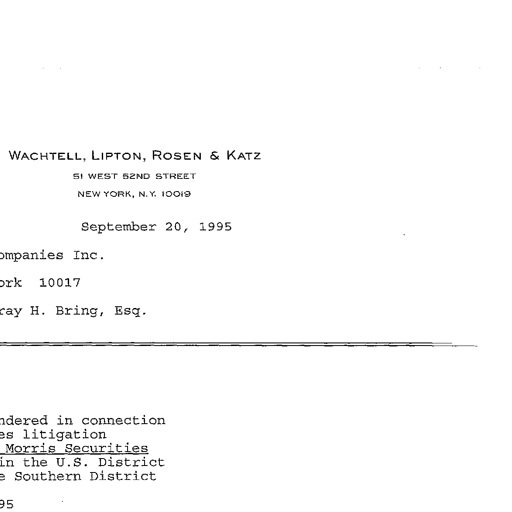
WACHTELL, LIPTON, ROSEN & KATZ
51 WEST 52ND STREET
NEW YORK, N. Y. 10019
September 20, 1995
Companies Inc.
ork 10017
ray H. Bring, Esq.
dered in connection
es litigation
Morris Securities
in the U.S. District
e Southern District
95